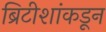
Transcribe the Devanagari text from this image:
ब्रिटीशांकडून